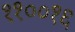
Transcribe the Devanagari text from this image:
११००१६